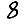
Digit: 8